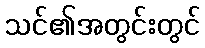
သင်၏အတွင်းတွင်